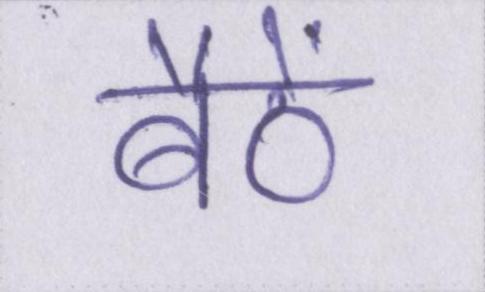
बैठें